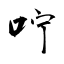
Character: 咛